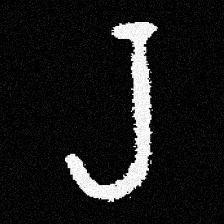
Pyu character \u2014 Myanmar letter: ရ (romanized: ra)